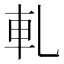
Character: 軋